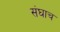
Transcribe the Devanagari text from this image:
संघाच